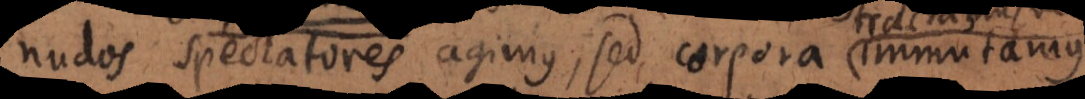
nudos spectatores agimus, sed corpora immutamus,